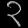
Digit: ၃